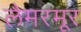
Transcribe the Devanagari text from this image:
लैमरमूर